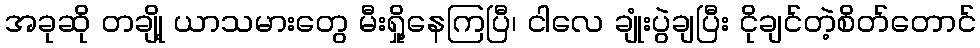
အခုဆို တချို့ ယာသမားတွေ မီးရှို့နေကြပြီ၊ ငါလေ ချုံးပွဲချပြီး ငိုချင်တဲ့စိတ်တောင်